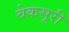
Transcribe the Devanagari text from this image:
बेकसूरी